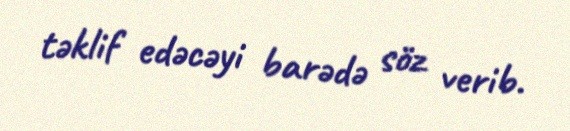
təklif edəcəyi barədə söz verib.